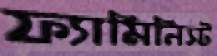
ফ্যামিনিস্ট